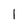
Character: 1